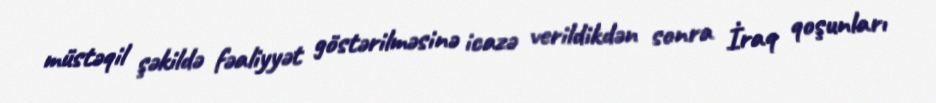
müstəqil şəkildə fəaliyyət göstərilməsinə icazə verildikdən sonra İraq qoşunları